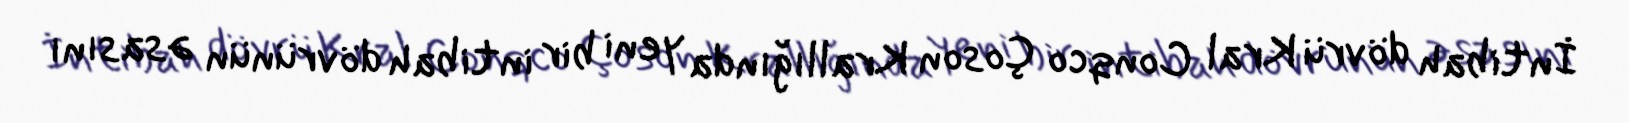
İntibah dövrü Kral Conqco Çoson Krallığında yeni bir intibah dövrünün əsasını